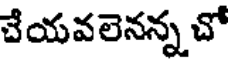
చేయవలెనన్న చో